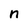
Character: n